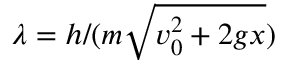
\lambda = h / ( m \sqrt { v _ { 0 } ^ { 2 } + 2 g x } )